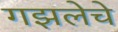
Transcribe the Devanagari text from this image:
गझलेचे